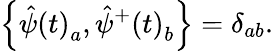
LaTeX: \left\{ \hat{\psi}\left(t\right)_{a},\hat{\psi}^{+}\left(t\right)_{b}\right\} =\delta_{ab}.